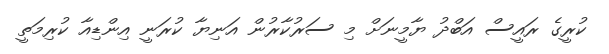
ކުރީގެ ރައީސް އަބްދު ޔާމީނަށް މި ސަރުކާރުން އަނިޔާ ކުރަނީ އިންޑިއާ ކުރިމަތީ